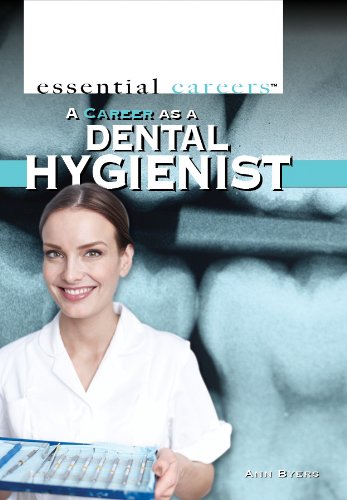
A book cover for A Career As a Dental Hygienist (Essential Careers); Ann Byers; Medical Books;